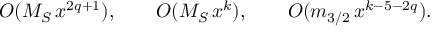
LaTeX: O ( M _ { S } \, x ^ { 2 q + 1 } ) , \qquad O ( M _ { S } \, x ^ { k } ) , \qquad O ( m _ { 3 / 2 } \, x ^ { k - 5 - 2 q } ) .